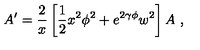
A ^ { \prime } = \frac { 2 } { x } \left[ \frac { 1 } { 2 } x ^ { 2 } \phi ^ { 2 } + e ^ { 2 \gamma \phi } w ^ { 2 } \right] A \ ,